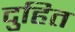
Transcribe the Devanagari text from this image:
दुहित